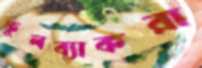
ফুলব্যাকরা